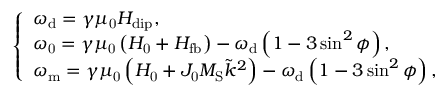
\left\{ \begin{array} { l } { \omega _ { \mathrm { d } } = \gamma \mu _ { \mathrm { 0 } } H _ { \mathrm { d i p } } , } \\ { \omega _ { \mathrm { 0 } } = \gamma \mu _ { \mathrm { 0 } } \left( H _ { \mathrm { 0 } } + H _ { \mathrm { f b } } \right) - \omega _ { \mathrm { d } } \left( 1 - 3 \sin ^ { 2 } { \phi } \right) , } \\ { \omega _ { \mathrm { m } } = \gamma \mu _ { \mathrm { 0 } } \left( H _ { \mathrm { 0 } } + J _ { \mathrm { 0 } } M _ { \mathrm { S } } \tilde { k } ^ { 2 } \right) - \omega _ { \mathrm { d } } \left( 1 - 3 \sin ^ { 2 } { \phi } \right) , } \end{array} \right.